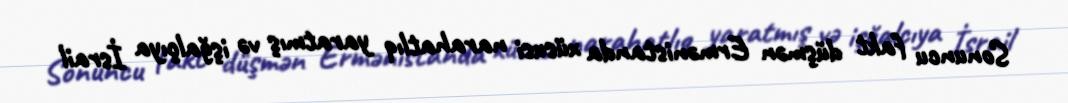
Sonuncu fakt düşmən Ermənistanda xüsusi narahatlıq yaratmış və işğalçıya İsrail